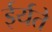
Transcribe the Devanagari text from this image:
ईर्यते